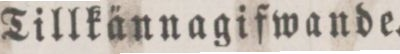
Tillkännagifwande.